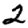
Digit: 2